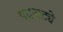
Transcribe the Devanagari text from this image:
पदनाट्ये